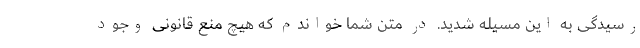
رسیدگی به این مسیٔله شدید. در متن شما خواندم که هیچ منع قانونی وجود